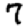
Digit: 7